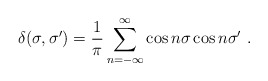
\begin{align*}\delta (\sigma,\sigma')=\frac{1}{\pi} \sum_{n=-\infty}^{\infty}\cos n\sigma \cos n \sigma'\ .\end{align*}